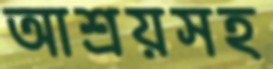
আশ্রয়সহ